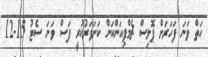
ހަތް ވަނަ ފަހަރަށް ޕޮލިސް ޗެމްޕިއަންކަން ކަށަވަރުކުރީ ފަސް ވަނަ ސެޓު 15-12